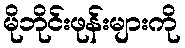
မိုဘိုင်းဖုန်းများကို